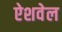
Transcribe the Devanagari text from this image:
ऐशवेल